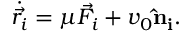
\dot { \vec { r _ { i } } } = \mu \vec { F _ { i } } + v _ { 0 } \mathbf { \hat { n } _ { i } } .